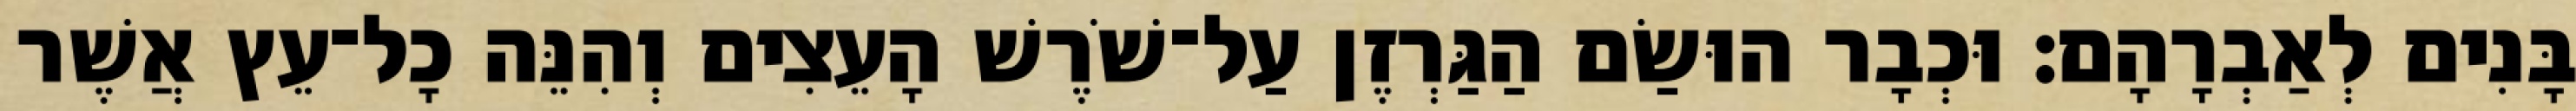
בָּנִים לְאַבְרָהָם׃ וּכְבָר הוּשַׂם הַגַּרְזֶן עַל־שֹׁרֶשׁ הָעֵצִים וְהִנֵּה כָל־עֵץ אֲשֶׁר